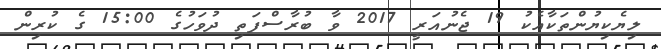
ލިޔެކިޔުންތަކާއެކު 19 ޖެނުއަރީ 2017 ވާ ބުރާސްފަތި ދުވަހުގެ 15:00 ގެ ކުރިން